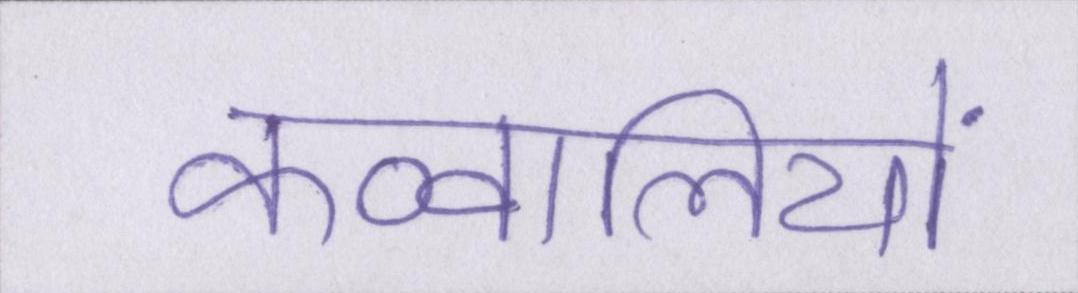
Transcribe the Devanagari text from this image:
कव्वालियों